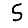
Digit: 5